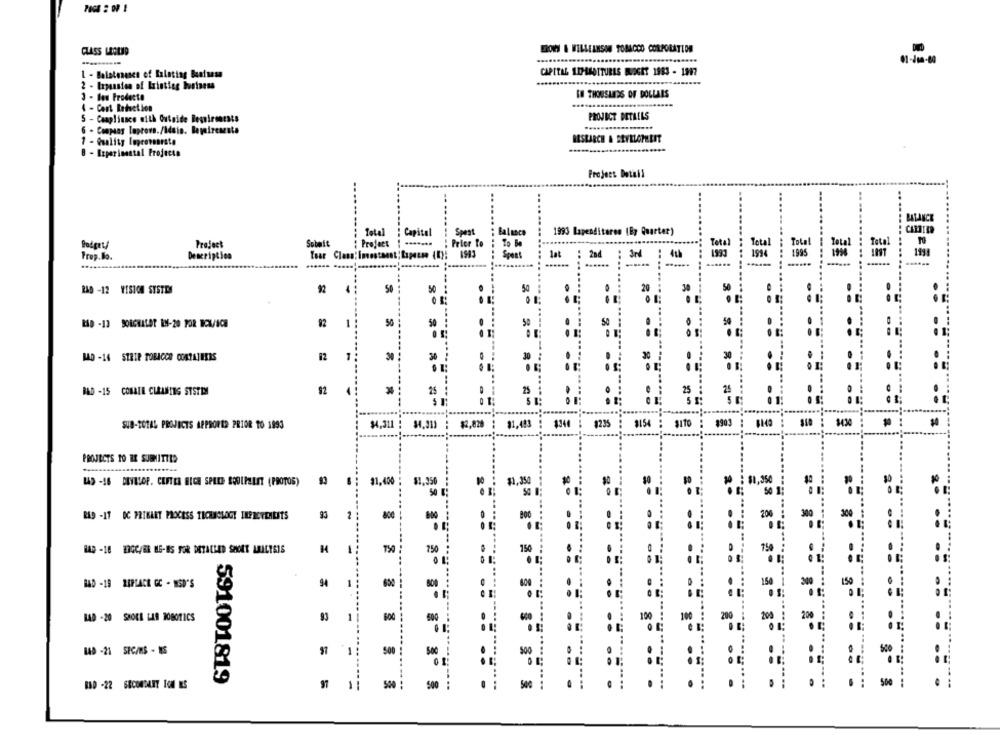
CLASS LEGEND
BROWS & FILLELESON TOBACCO CORPORATION
01-10-0
1 - Balatoneses of Salating Business
CAPITAL LEPASOITURES BUDGET 1983 - 1997
.........
3 - Ban Producto
IN THOUSUITES OF DOLLARS
4 - Cost Reduction
5 - Caapliunce with Cutaide Respirentsts
PROJECT DETAILS
. Conpaas laprovs./Main. Bepaireseste
1 - Quality Improvenesta
RESEARCH & SEVELOPEEIT
8 - Experimental Projects
Project Detail
BALANCE
Total : Capital
Spest
: Balance
1993 Lapenditarem (By Quarter)
Project
Submit
: Project : ---****
: Prior To
To
Prop.No.
Description
Year Class: investment; Lapense (K): 6983
lat : 20d : 3rd : 4th
Total
1998
1994 1995 1990
: ······
RAD -12 VISION SYSTEM
92
50
50 :
50
..
50
. :
50
50
50
92
50
.
--------
MAD -14 STRIP TOBACCO CONTAINERS
12
T
30
30 :
. .
30
:
92
25
. :
25 :
25
BAD -15 COBAIN CLEANING SYSTEM
. :
5 1:
SUB-TOTAL PROJECTS APPRORED PRIOR TO 1993
$4,311 : 34.30) :
$2,828 : 91,493 : $340 :
1235 : 3154 : SITO : 9900 : 6140 : $10 : 3430
$0
PROJECTS TO BE SUBMITTED
$1,350
$1,400
..
RES -IT DC PRIKLET PROCESS TECHNOLOGY IKPRETENLETS
2 1
1
750
RAD -18 13GC/BR HG-BS FOR DETAILED SHORT LAALYSIS
750
150
750
............
BAD -19 REPLACE GC - MSD'S
1
650
600
150
150
GOC
BAD -20 SHOEE LAS ROBOTICS
93
100
200
200
200
200
01
.......
LAD -21 SRC/MS - NS
500
50€
=
591001819
500
1
-- --
500
.. .
500